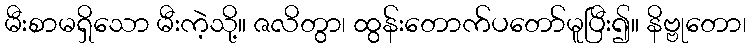
မီးစာမရှိသော မီးကဲ့သို့။ ဇလိတွာ၊ ထွန်းတောက်ပတော်မူပြီး၍။ နိဗ္ဗုတော၊